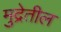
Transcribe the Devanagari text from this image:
मुद्रेतील